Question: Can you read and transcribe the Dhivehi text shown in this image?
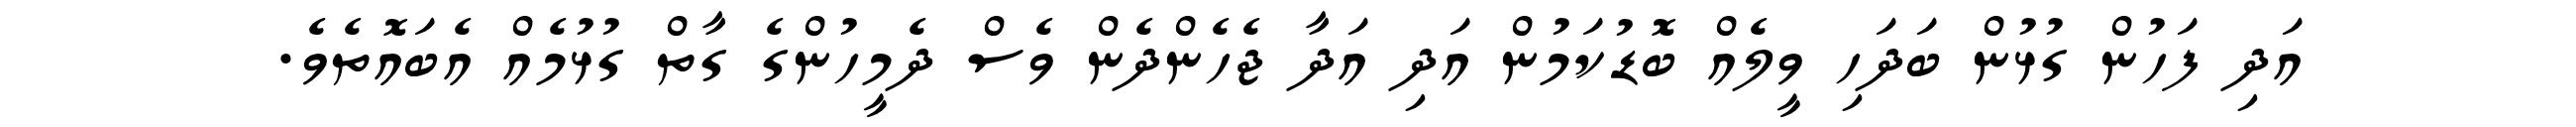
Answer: އަދި ފަހުން ގުޅުން ބަދަހި ވީލެއް ބޮޑުކަމުން އަދި އަދާ ޖެހެންދެން ވެސް ދެމީހުންގެ ގާތް ގުޅުމެއް އެބައޮތެވެ.